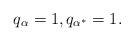
LaTeX: \begin{align*} q_{\alpha}=1,q_{\alpha^*}=1.\end{align*}